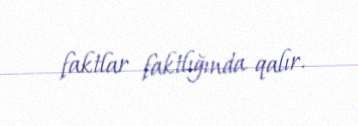
faktlar faktlığında qalır.